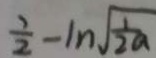
\frac { 1 } { 2 } - 1 n \sqrt { \frac { 1 } { 2 a } }